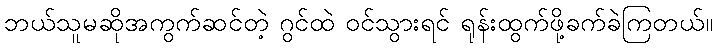
ဘယ်သူမဆိုအကွက်ဆင်တဲ့ ဂွင်ထဲ ဝင်သွားရင် ရုန်းထွက်ဖို့ခက်ခဲကြတယ်။